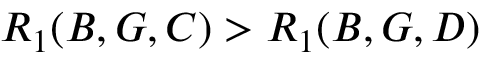
R _ { 1 } ( B , G , C ) > R _ { 1 } ( B , G , D )